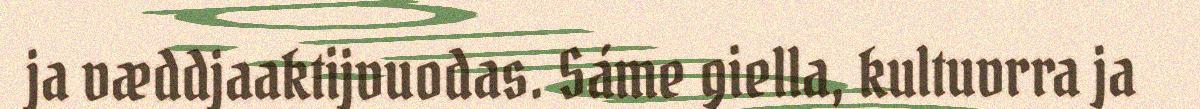
ja væddjaaktijvuodas. Sáme giella, kultuvrra ja